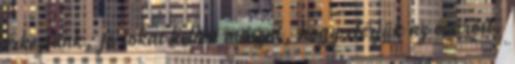
érkeztünk, jó sokat kellett mászni, hogy elérjük az óvárost.